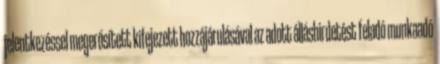
jelentkezéssel megerősített kifejezett hozzájárulásával az adott álláshirdetést feladó munkaadó